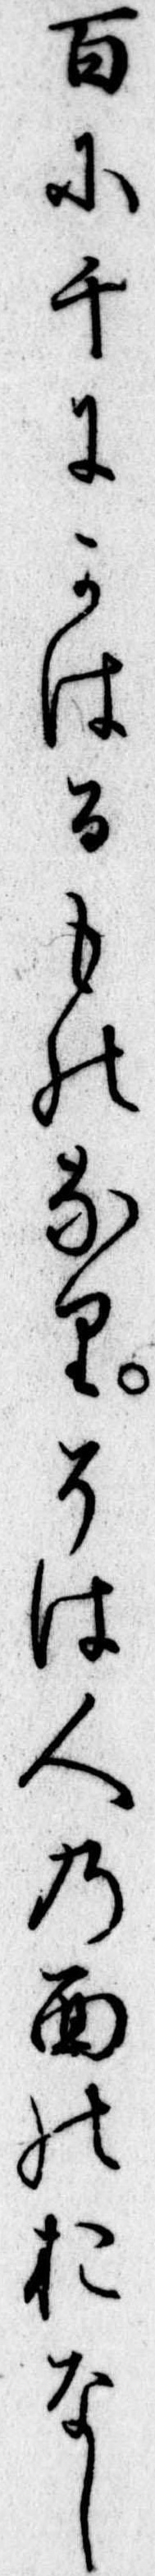
百に千にかはるものなりそは人の面のおなし